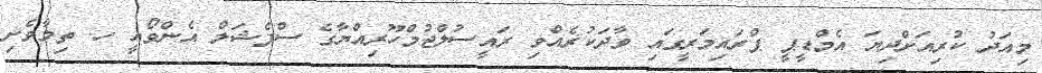
މިއަދު ކުރިއަށްދިޔަ އެމްޑީޕީ ޕްރައިމަރީގައި ވާދަކުރެއްވި ރައީސުލްޖުމްހޫރިއްޔާގެ ސްޕެޝަލް އެންވޯއީ ހ. ތިމާވެށި